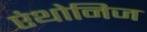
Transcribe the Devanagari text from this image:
एंथोनिज